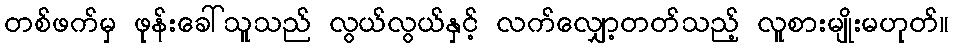
တစ်ဖက်မှ ဖုန်းခေါ်သူသည် လွယ်လွယ်နှင့် လက်လျှော့တတ်သည့် လူစားမျိုးမဟုတ်။